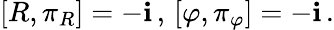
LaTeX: \left[R,\pi_{R}\right]=-\mathbf{i}\, ,\, \left[\varphi,\pi_{\varphi}\right]=-\mathbf{i}\, .